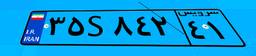
۲۶S۹۶۱۸۷